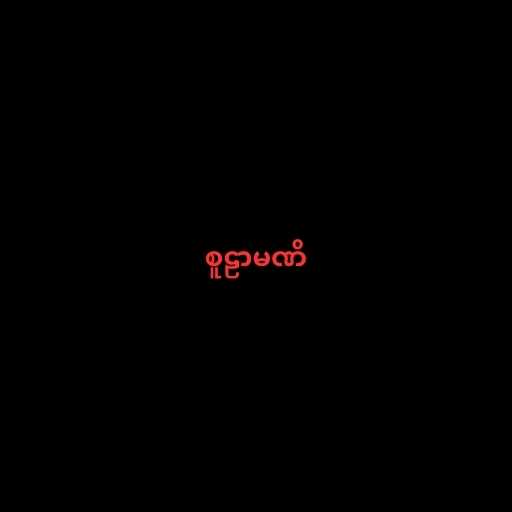
စူဠာမဏိ